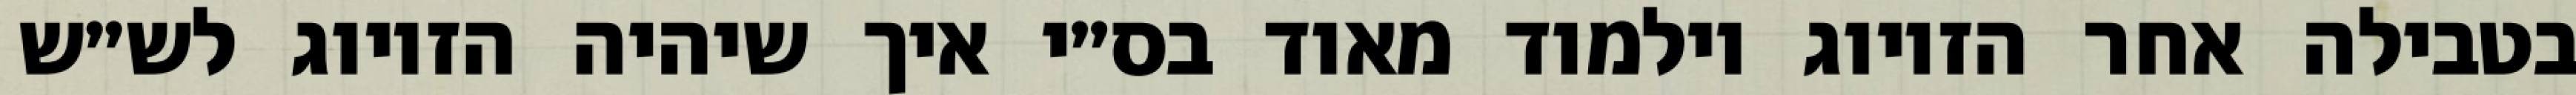
בטבילה אחר הזיווג וילמוד מאוד בס״י איך שיהיה הזיווג לש״ש